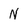
Character: N